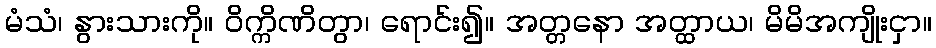
မံသံ၊ နွားသားကို။ ဝိက္ကိဏိတွာ၊ ရောင်း၍။ အတ္တနော အတ္ထာယ၊ မိမိအကျိုးငှာ။